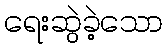
ရေးဆွဲခဲ့သော